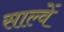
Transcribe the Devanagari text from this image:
साल्वें